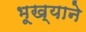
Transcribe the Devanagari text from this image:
भूख्याने